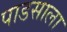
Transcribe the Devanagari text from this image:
पाडसाला